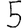
Digit: 5